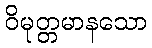
ဝိမုတ္တမာနသော